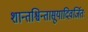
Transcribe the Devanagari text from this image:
शान्तश्चिन्तासूयादिवर्जितः